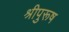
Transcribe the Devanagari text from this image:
श्रीपुरूष